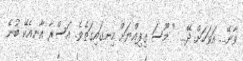
ވާނޭ... އަވަހަށް ދޭ... " މޫސަ ގިފިއްޔަށް ހިނގައިގަތެވެ. އަސްރާ އާނއެކޭ ބުނެ